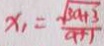
x _ { 1 } = \frac { \sqrt { 3 a + 3 } } { a + 1 }